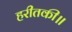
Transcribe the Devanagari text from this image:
हरीतकी॥